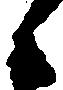
候